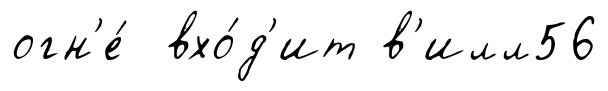
огн'е́ вхо́д'ит в'илл56